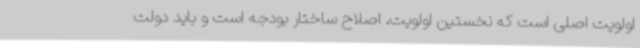
اولویت اصلی است که نخستین اولویت، اصلاح ساختار بودجه است و باید دولت